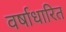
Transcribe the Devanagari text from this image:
वर्षाधारित